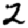
Digit: 2